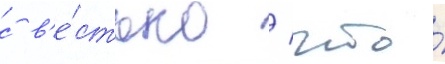
с в'е́стью / что́